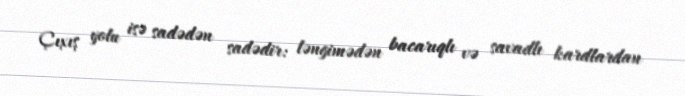
Çıxış yolu isə sadədən sadədir: ləngimədən bacarıqlı və savadlı kardlardan